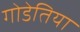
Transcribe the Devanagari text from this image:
गोडेतिया